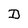
Character: D